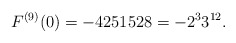
\begin{align*}F^{(9)}(0)=-4251528=-2^{3}3^{12}.\end{align*}